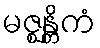
မဇ္ဈန္တိကံ